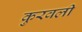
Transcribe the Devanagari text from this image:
कुरवली